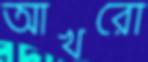
আখরো